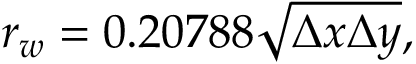
r _ { w } = 0 . 2 0 7 8 8 \sqrt { \Delta x \Delta y } ,